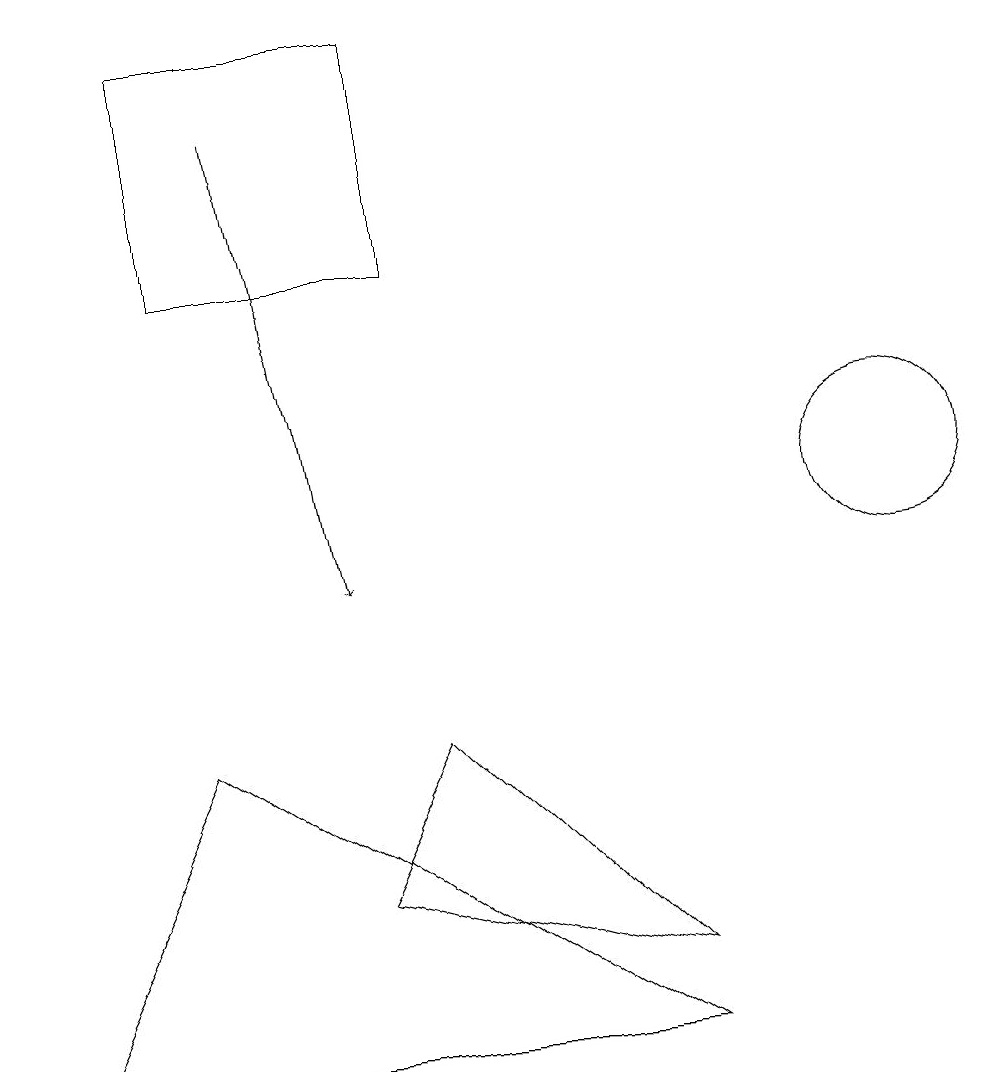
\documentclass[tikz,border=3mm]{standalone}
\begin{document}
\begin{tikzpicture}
\draw[->] (3,17) -- (4,11);
\draw (2,15) rectangle (5,18);
\draw (8,5) -- (0,5) -- (2,9) -- cycle;
\draw (8,6) -- (5,9) -- (4,7) -- cycle;
\draw (11,12) circle (1);
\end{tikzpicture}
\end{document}